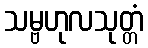
သမ္ဗဟုလသုတ္တံ